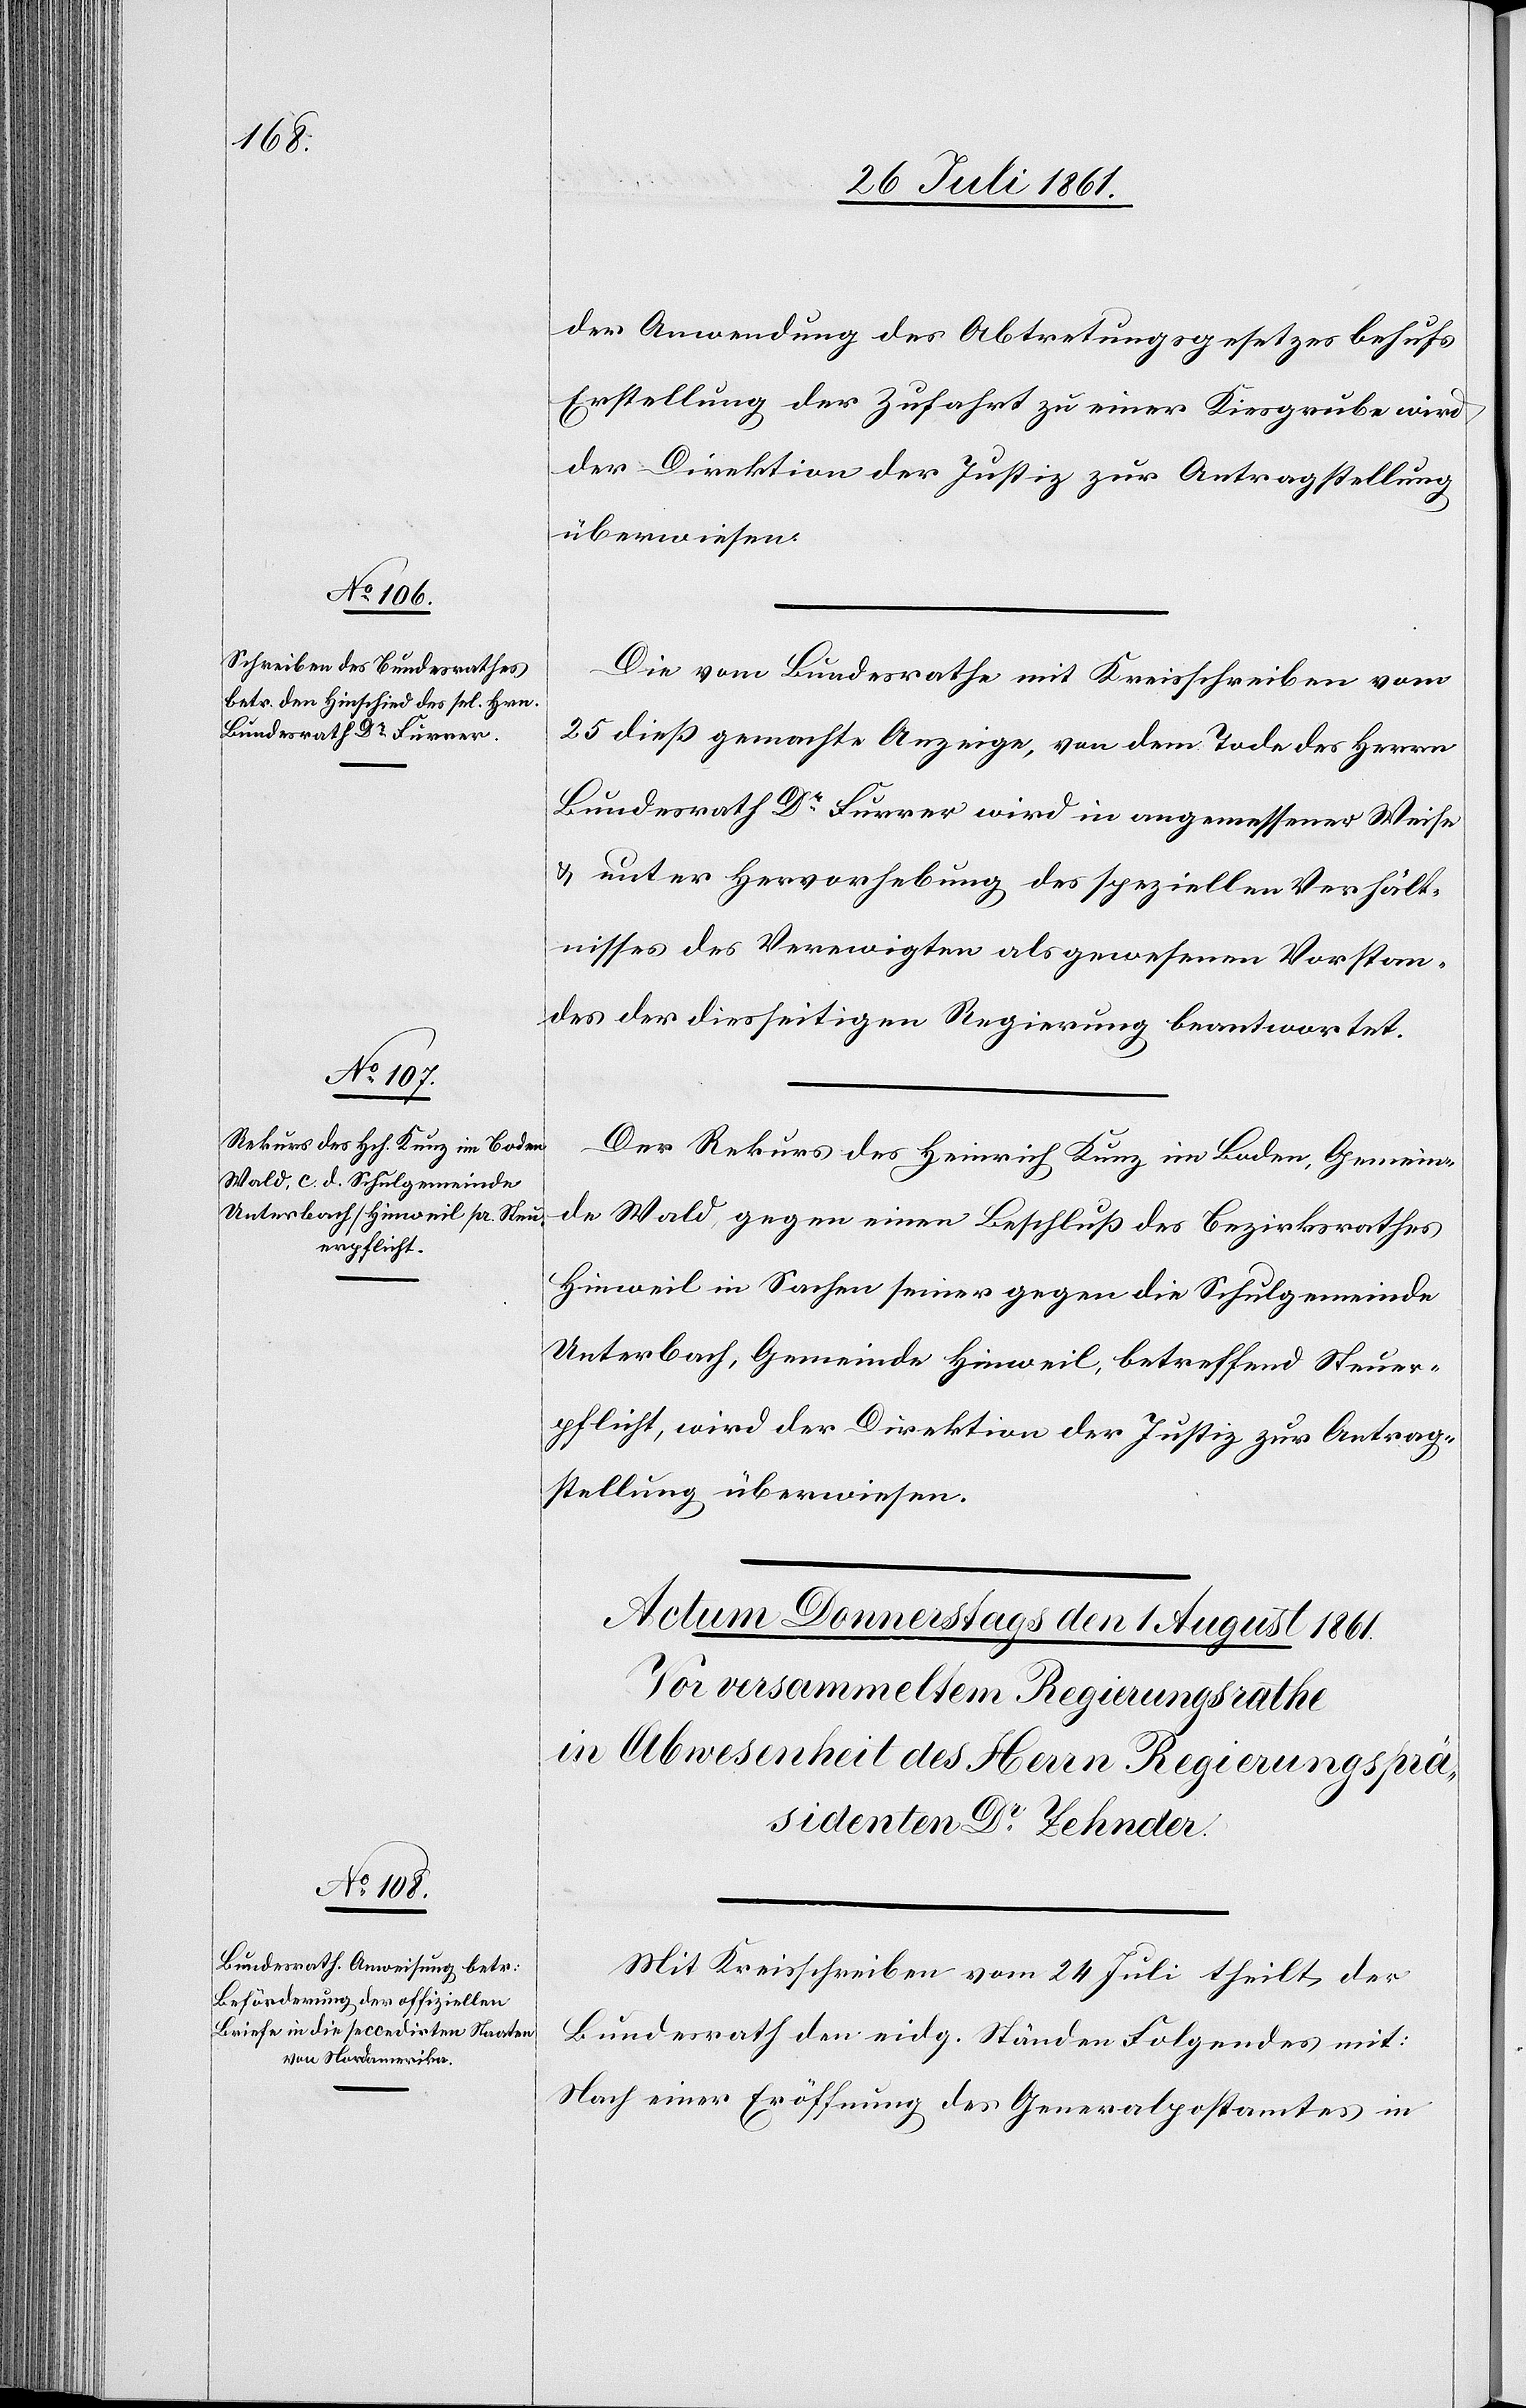
29 Juli 1861.]
der Anwendung des Abtretungsgesetzes behufs
Erstellung der Zufahrt zu einer Kiesgrube wird
der Direktion der Justiz zur Antragstellung
überwiesen.
Die vom Bundesrathe mit Kreisschreiben vom
25 dieß gemachte Anzeige, von dem Tode des Herrn
Bundesrath Dr Furrer wird in angemessener Weise
u. unter Hervorhebung des speziellen Verhält¬
nisses des Verewigten als gewesenen Vorstan¬
des der diesseitigen Regierung beantwortet.
Der Rekurs des Heinrich Kunz im Boden, Gemein¬
de Wald, gegen einen Beschluß des Bezirksrathes
Hinweil in Sachen seiner gegen die Schulgemeinde
Unterbach, Gemeinde Hinweil, betreffend Steuer¬
pflicht, wird der Direktion der Justiz zur Antrag¬
stellung überwiesen.
Mit Kreisschreiben vom 24 Juli theilt der
Bundesrath den eidg. Ständen Folgendes mit:
Nach einer Eröffnung des Generalpostamtes in